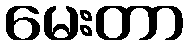
မေးတာ